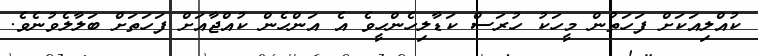
ކުއްލިއަކަށް ފަހަތުން މީހަކު ހުރަސް ކަޑާލިހެންހީވެ އެ އަންހެން ކުއްޖާއަށް ފަހަތަށް ބަލާލެވުނެވެ.